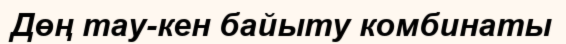
Дөң тау-кен байыту комбинаты